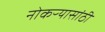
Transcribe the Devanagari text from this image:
नोकऱ्यासांठी